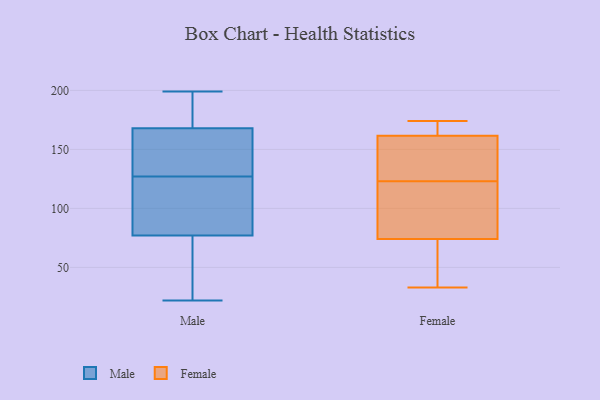
{"axis": {"x": "Headcount", "y": "Value"}, "legend": ["Female", "Male"], "data": [{"x": "", "y": 173, "type": "Male"}, {"x": "", "y": 36, "type": "Male"}, {"x": "", "y": 22, "type": "Male"}, {"x": "", "y": 172, "type": "Male"}, {"x": "", "y": 128, "type": "Male"}, {"x": "", "y": 199, "type": "Male"}, {"x": "", "y": 81, "type": "Male"}, {"x": "", "y": 153, "type": "Male"}, {"x": "", "y": 75, "type": "Male"}, {"x": "", "y": 79, "type": "Male"}, {"x": "", "y": 125, "type": "Male"}, {"x": "", "y": 166, "type": "Male"}, {"x": "", "y": 83, "type": "Male"}, {"x": "", "y": 29, "type": "Male"}, {"x": "", "y": 170, "type": "Male"}, {"x": "", "y": 126, "type": "Male"}, {"x": "", "y": 164, "type": "Male"}, {"x": "", "y": 45, "type": "Male"}, {"x": "", "y": 165, "type": "Male"}, {"x": "", "y": 174, "type": "Male"}, {"x": "", "y": 35, "type": "Female"}, {"x": "", "y": 110, "type": "Female"}, {"x": "", "y": 62, "type": "Female"}, {"x": "", "y": 125, "type": "Female"}, {"x": "", "y": 33, "type": "Female"}, {"x": "", "y": 163, "type": "Female"}, {"x": "", "y": 117, "type": "Female"}, {"x": "", "y": 123, "type": "Female"}, {"x": "", "y": 157, "type": "Female"}, {"x": "", "y": 174, "type": "Female"}, {"x": "", "y": 174, "type": "Female"}]}